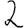
Digit: 2